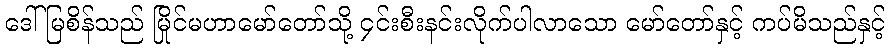
ဒေါ်မြစိန်သည် မြိုင်မဟာမော်တော်သို့ ၄င်းစီးနင်းလိုက်ပါလာသော မော်တော်နှင့် ကပ်မိသည်နှင့်